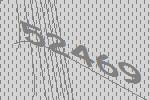
52469